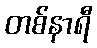
တစ်နာရီ